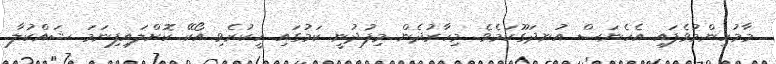
މާމުހިންމުވެފައި އެހެނަސް އުނދަގޫކަމެވެ. މިހާރުދެން މިފުދުނީ ކަމުގައި ހީކުރެވި އޯކޭ ކޮށްލައިފިނަމަ ޝައްކުލާ